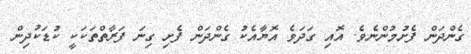
ގެންދަން ފެށުމުންނެވެ. އޮއި ގަދަވެ އޮޔާއެކު ގެންދަން ފެށި ގިނަ ފަރާތްތަކަކީ ކުޑަކުދިން